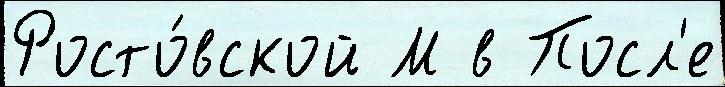
Росто́вской М в Посл'е